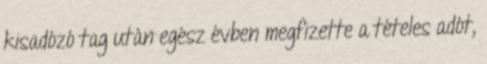
kisadózó tag után egész évben megfizette a tételes adót,